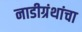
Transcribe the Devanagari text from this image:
नाडीग्रंथांचा